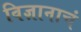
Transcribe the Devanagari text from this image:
विज्ञानाचं